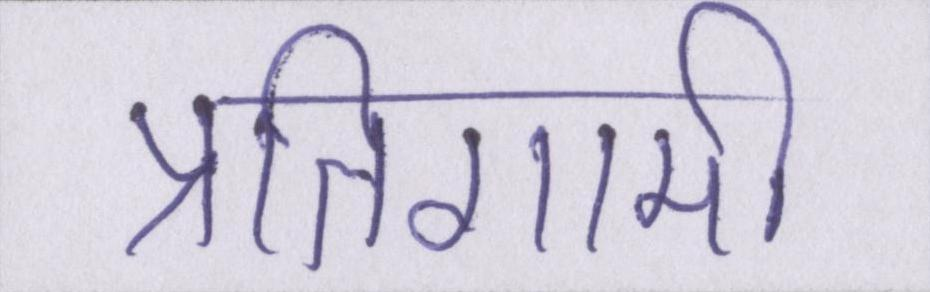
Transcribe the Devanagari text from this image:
प्रतिगामी